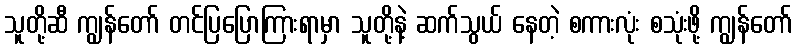
သူတို့ဆီ ကျွန်တော် တင်ပြပြောကြားရာမှာ သူတို့နဲ့ ဆက်သွယ် နေတဲ့ စကားလုံး စသုံးဖို့ ကျွန်တော်